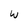
Character: w